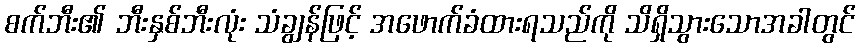
စက်ဘီး၏ ဘီးနှစ်ဘီးလုံး သံချွန်ဖြင့် အဖောက်ခံထားရသည်ကို သိရှိသွားသောအခါတွင်